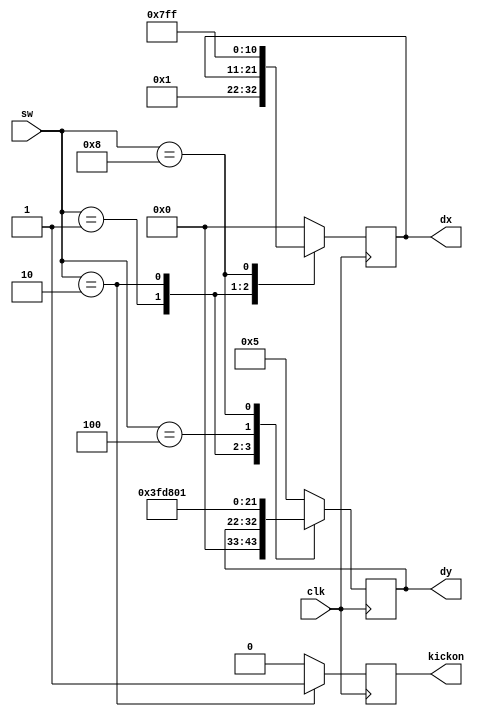
`timescale 1ns / 1ps
/*
module moving(
		input clk,
		input [3:0]sw,
		output reg [10:0]dx,
		output reg [10:0]dy,
		output kickon);
		
		assign kickon = kicklock;

		reg kicklock = 0;
		reg jumplock = 0;


		reg [20:0]kickDownCounter=2**20 - 1;
		reg [20:0]jumpDownCounter=2**20 - 1;

		always @(posedge clk) begin

			kickDownCounter = kickDownCounter - 1;
			jumpDownCounter = jumpDownCounter - 1;

			if (kickDownCounter == 0) begin
				kickDownCounter <= 2 ** 20 - 1;
				kicklock = 0;
			end

			if (jumpDownCounter == 0) begin
				jumpDownCounter <= 2 ** 20 - 1;
				jumplock = 0;
			end


		end

		always @(posedge sw[1]) begin
			if (kicklock != 1) begin
				jumplock = 0;
				kicklock = 1;
			end
			end


		always @(posedge clk) begin
			case (sw) 
				4'b0001 : begin  //move right
					dx <= 11'd2;
					dy <= 11'd0;
					jumplock = 0;
					kicklock = 0;
				end

				4'b0100 : begin 
				if (jumplock != 1) begin
					dx <= 11'd0;
					dy <= -11'd5;
					jumplock = 1;
					kicklock = 0;
				end
				end

				4'b1000 : begin
				dx <= -11'd2;
				dy <= 11'd0;
				jumplock = 0;
				kicklock = 0;

			end

				default : begin
					if (sw[1] != 1) begin
						dx <= 11'd0;
						dy <= 11'd10;
					end
			end
		endcase
	end
	endmodule
*/



module moving(
		input clk,
		input [3:0]sw,
		output reg [10:0]dx,
		output reg [10:0]dy,
		output reg kickon=0);


		always @(posedge clk)
		begin
			case (sw)
				4'b0001 : begin //move right
					dx <= 11'd1;
					dy <= 11'd0;
					kickon <=0;
				end

				4'b0010 : begin //kick
					kickon <= 1;
				end

				4'b0100 : begin //jump
					dx <= 11'd0;
					dy <= -11'd5;
					kickon <=0;
				end

				4'b1000 : begin //move left
					dx <= -11'd1;
					dy <= 11'd1;
					kickon <=0;
				end


				default : begin //by default, you have gravity pulling down on you (increasing y corresponds to moving downwards)
					dx <= 11'd0;
					dy <= 11'd5;
					kickon <= 0;
				end

			endcase

		end
	endmodule